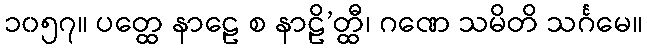
၁၀၅၇။ ပတ္ထေ နာဠေ စ နာဠိ’တ္ထီ၊ ဂဏေ သမိတိ သင်္ဂမေ။